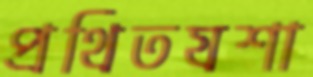
প্রথিতযশা